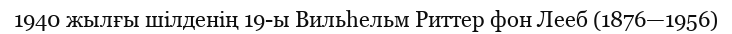
1940 жылғы шілденің 19-ы Вильһельм Риттер фон Лееб (1876—1956)